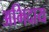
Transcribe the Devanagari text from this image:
अभिदाय